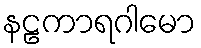
နဠကာရဂါမော